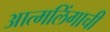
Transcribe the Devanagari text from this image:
आत्मलिंगाची